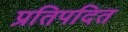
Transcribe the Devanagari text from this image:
प्रतिपदित